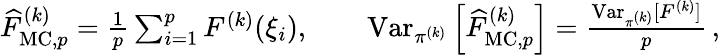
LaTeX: \begin{array}{r}{\widehat{F}_{\mathrm{MC},p}^{(k)}=\frac{1}{p}\sum_{i=1}^{p}F^{(k)}(\xi_{i}),\qquad\operatorname{Var}_{\pi^{(k)}}\left[\widehat{F}_{\mathrm{MC},p}^{(k)}\right]=\frac{\operatorname{Var}_{\pi^{(k)}}[F^{(k)}]}{p}\, ,}\end{array}